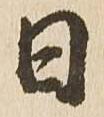
日